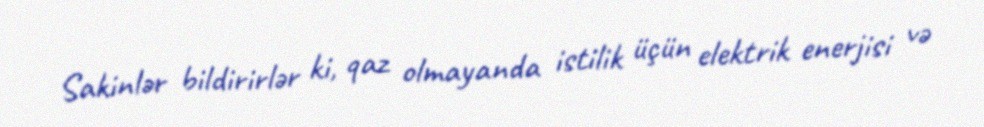
Sakinlər bildirirlər ki, qaz olmayanda istilik üçün elektrik enerjisi və